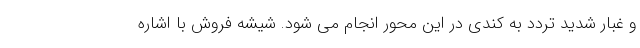
و غبار شدید تردد به کندی در این محور انجام می شود. شیشه فروش با اشاره